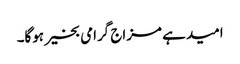
امید ہے مزاج گرامی بخیر ہوگا۔